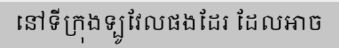
នៅទីក្រុងទ្បូវែលផងដែរ ដែលអាច